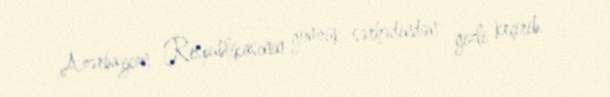
Azərbaycan Respublikasının gömrük sərhədindən gizli keçirib.